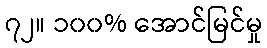
၇၂။ ၁၀၀% အောင်မြင်မှု